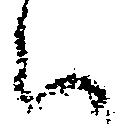
ハ